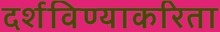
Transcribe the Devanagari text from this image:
दर्शविण्याकरिता